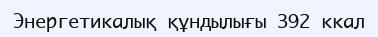
Энергетикалық құндылығы 392 ккал